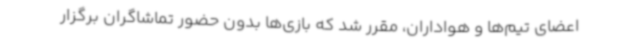
اعضای تیم‌ها و هواداران، مقرر شد که بازی‌ها بدون حضور تماشاگران برگزار